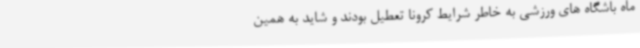
ماه باشگاه های ورزشی به خاطر شرایط کرونا تعطیل بودند و شاید به همین